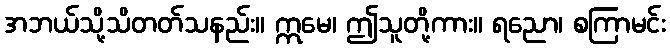
အဘယ်သို့သိတတ်သနည်း။ ဣမေ၊ ဤသူတို့ကား။ ရညော၊ စကြာမင်း